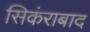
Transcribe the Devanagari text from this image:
सिकंराबाद